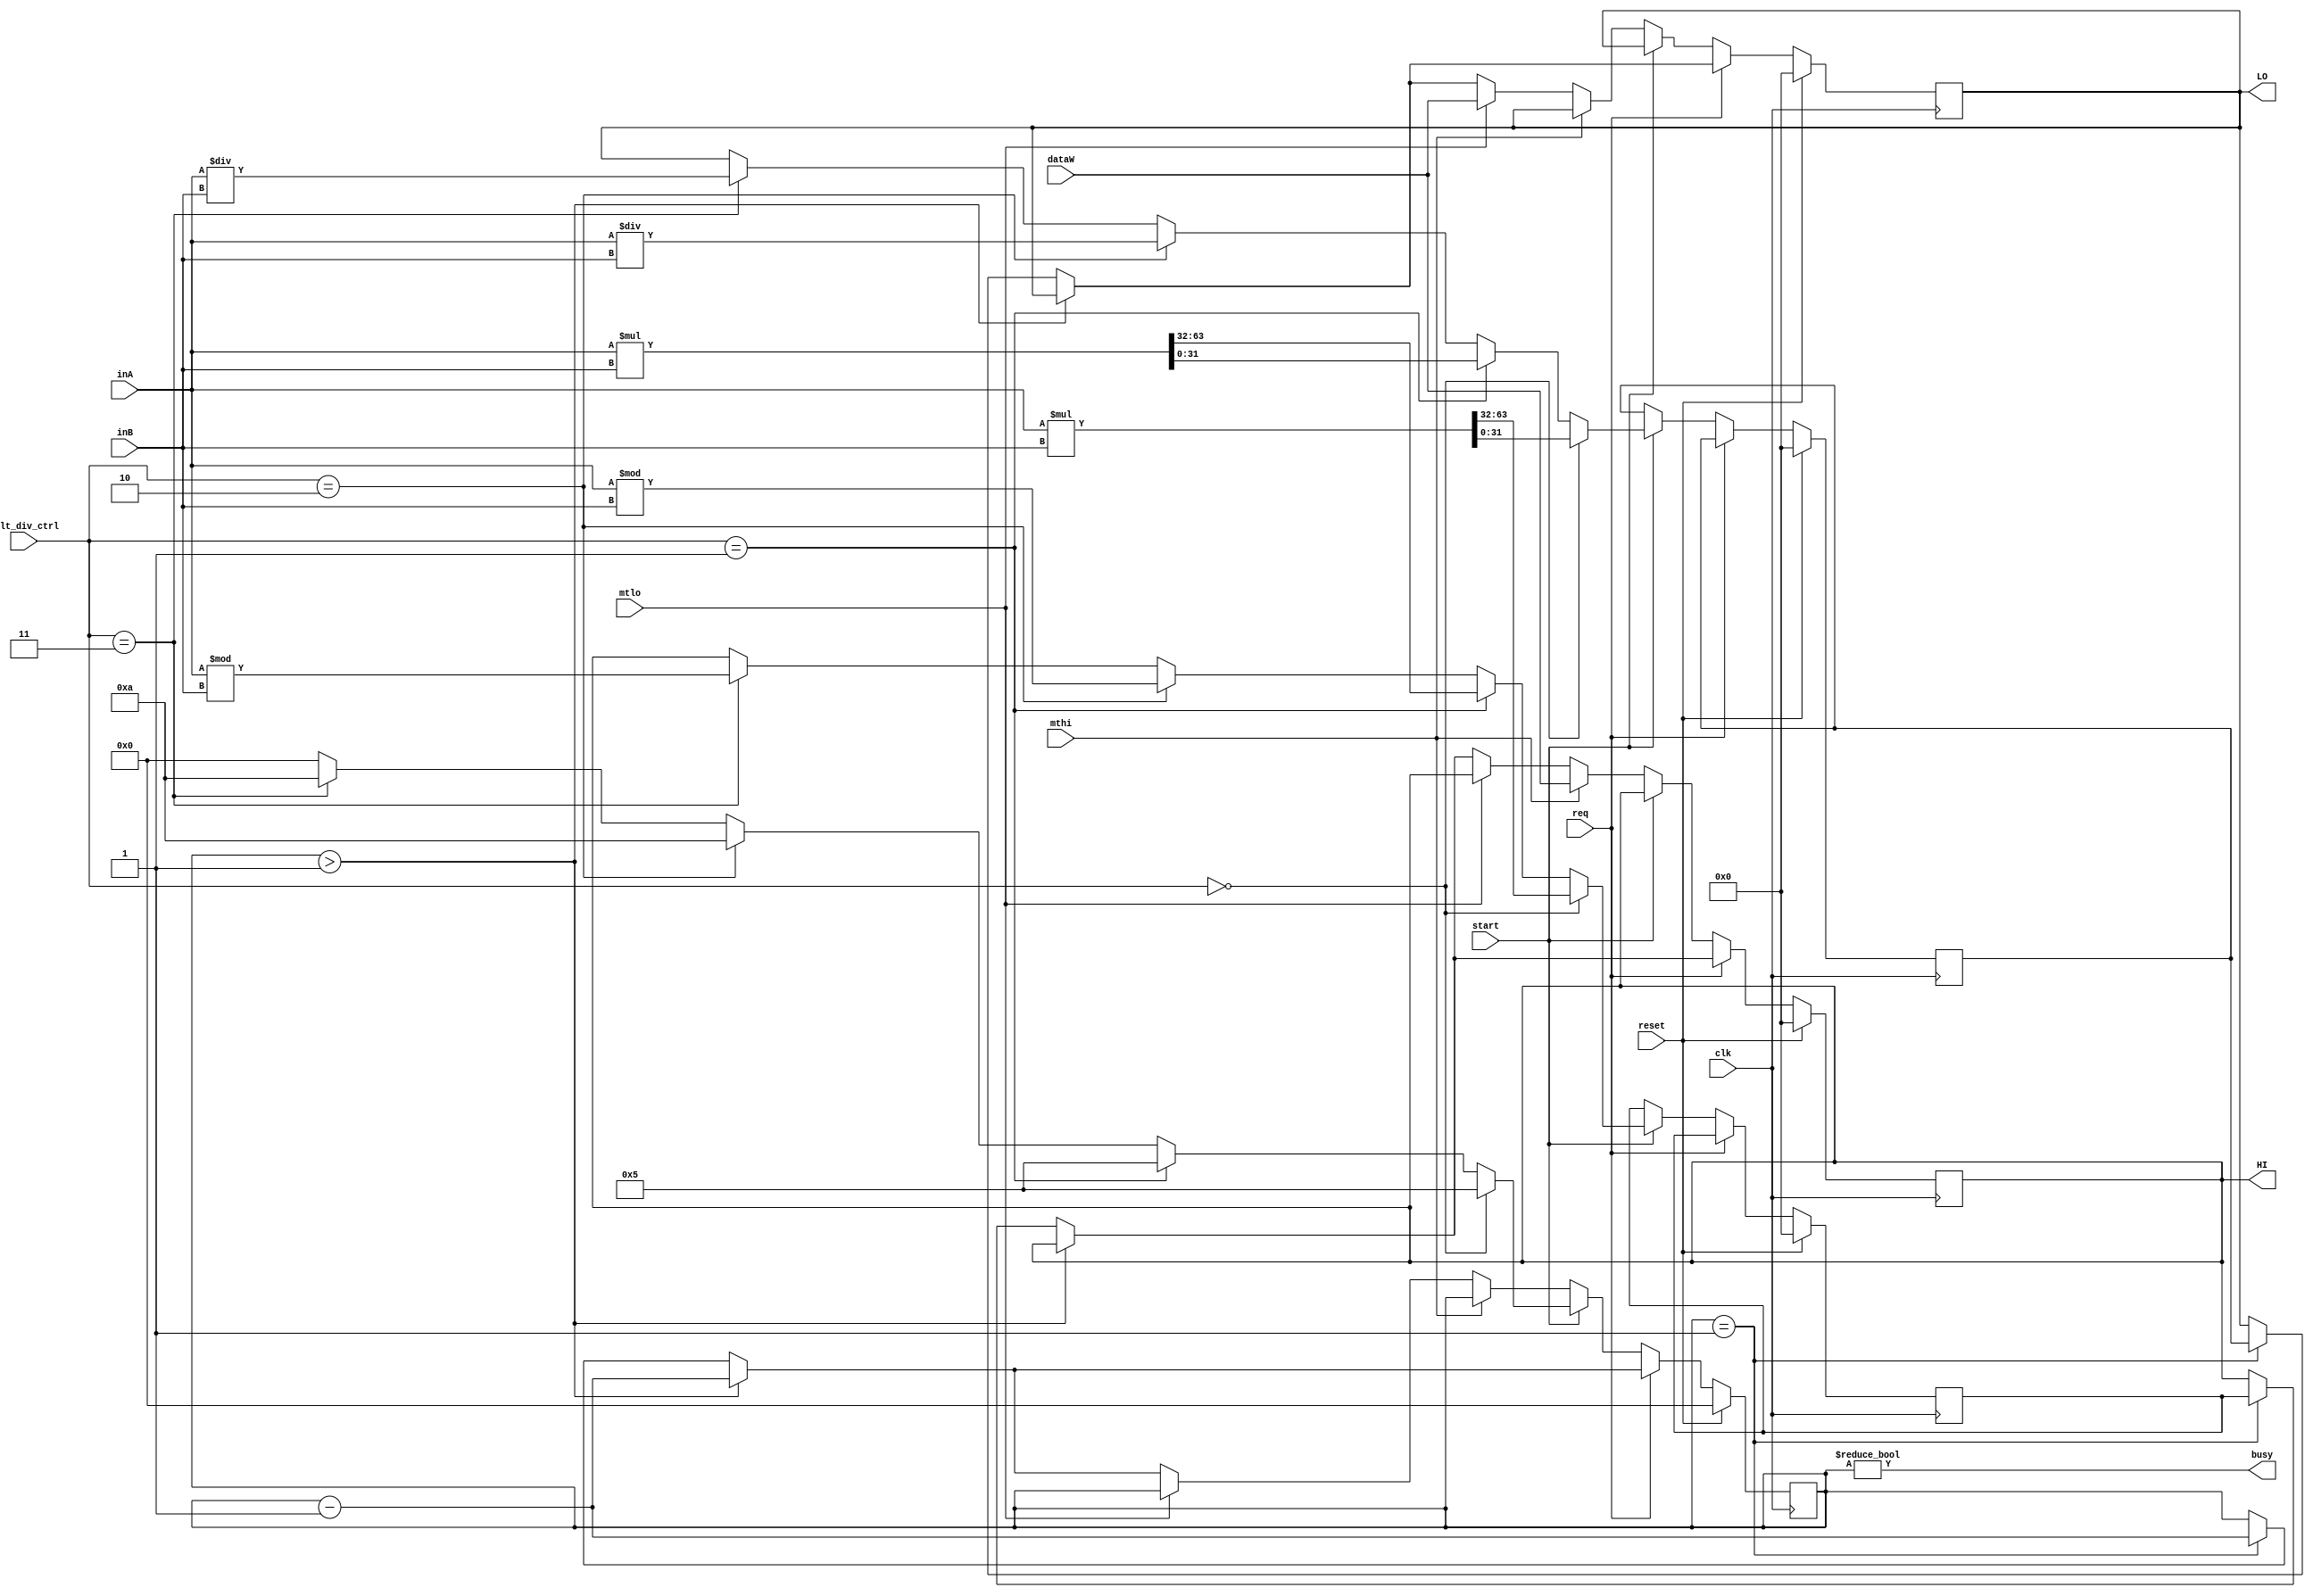
`timescale 1ns / 1ps
//////////////////////////////////////////////////////////////////////////////////
// Company: 
// Engineer: 
// 
// Design Name: 
// Module Name:    MULT_DIV 
// Project Name: 
// Target Devices: 
// Tool versions: 
// Description: 
//
// Dependencies: 
//
// Revision: 
// Revision 0.01 - File Created
// Additional Comments: 
//
//////////////////////////////////////////////////////////////////////////////////

`define MULT_DIV_mult    2'b00
`define MULT_DIV_multu   2'b01
`define MULT_DIV_div     2'b10
`define MULT_DIV_divu    2'b11

module MULT_DIV(
    input [31:0]        inA,
    input [31:0]        inB,
    input               start,
    input [1:0]         mult_div_ctrl,
    input               mthi,
    input               mtlo,
    input [31:0]        dataW,
    input               reset,
    input               clk,
    input               req,

    output              busy,
    output reg [31:0]   HI,
    output reg [31:0]   LO
    );

    reg [3:0]  timer;

    reg [31:0] HI_temp;
    reg [31:0] LO_temp;

    always @(posedge clk) begin
        if(reset) begin
            timer <= 4'h0;
            HI <= 32'h0;
            LO <= 32'h0;
            HI_temp <= 32'h0;
            LO_temp <= 32'h0;
        end
        else if(!req) begin
            if(start) begin
                if(mult_div_ctrl == `MULT_DIV_mult) begin
                    timer <= 4'h5;
                    {HI_temp, LO_temp} <= $signed(inA) * $signed(inB);
                end
                else if(mult_div_ctrl == `MULT_DIV_multu) begin
                    timer <= 4'h5;
                    {HI_temp, LO_temp} <= inA * inB;
                end
                else if(mult_div_ctrl == `MULT_DIV_div) begin
                    timer <= 4'ha;
                    LO_temp <= $signed(inA) / $signed(inB);
                    HI_temp <= $signed(inA) % $signed(inB);
                end
                else if(mult_div_ctrl == `MULT_DIV_divu) begin
                    timer <= 4'ha;
                    LO_temp <= inA / inB;
                    HI_temp <= inA % inB;
                end
                else begin
                    timer <= 4'h0;
                    HI_temp <= HI;
                    LO_temp <= LO;
                end
            end
            else if(mthi) begin
                HI <= dataW;
            end
            else if(mtlo) begin
                LO <= dataW;
            end
            else begin
                if(timer > 4'h1) begin
                    timer <= timer - 4'h1;
                end
                else if(timer == 4'h1) begin
                    timer <= timer - 4'h1;
                    HI <= HI_temp;
                    LO <= LO_temp;
                end
                else begin
                    timer <= timer;
                    HI <= HI;
                    LO <= LO;
                    HI_temp <= HI_temp;
                    LO_temp <= LO_temp;
                end
            end
        end
        else begin
            if(timer > 4'h1) begin
                timer <= timer - 4'h1;
            end
            else if(timer == 4'h1) begin
                timer <= timer - 4'h1;
                HI <= HI_temp;
                LO <= LO_temp;
            end
            else begin
                timer <= timer;
                HI <= HI;
                LO <= LO;
                HI_temp <= HI_temp;
                LO_temp <= LO_temp;
            end
        end
    end

    assign busy = timer != 4'h0;

endmodule